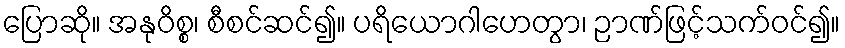
ပြောဆို။ အနုဝိစ္စ၊ စီစင်ဆင်၍။ ပရိယောဂါဟေတွာ၊ ဉာဏ်ဖြင့်သက်ဝင်၍။